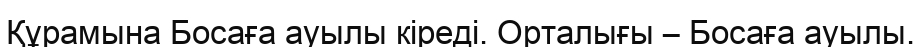
Құрамына Босаға ауылы кіреді. Орталығы – Босаға ауылы.